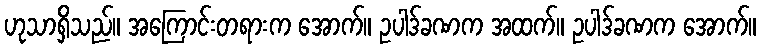
ဟုသာရှိသည်။ အကြောင်းတရားက အောက်။ ဥပါဒ်ခဏက အထက်။ ဥပါဒ်ခဏက အောက်။